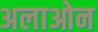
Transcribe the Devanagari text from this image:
अलाओन